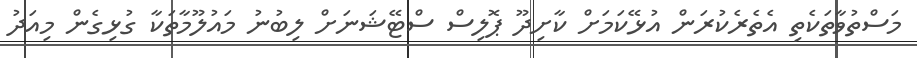
މަސްތުވާތަކެތި އެތެރެކުރަން އުޅޭކަމަށް ކާށިދޫ ޕޮލިސް ސްޓޭޝަނަށް ލިބުނު މައުލޫމާތަކާ ގުޅިގެން މިއަދު